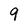
Character: 9